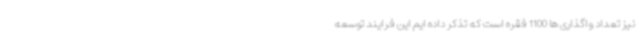
نیز تعداد واگذاری ها 1100 فقره است که تذکر داده ایم این فرایند توسعه